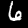
Label: 6